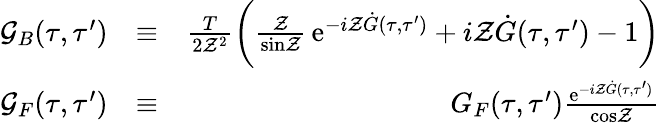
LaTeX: \begin{array}{rlr}{{\cal G}_{B}(\tau,\tau^{\prime})}&{\equiv}&{\frac{T}{2{\cal Z}^{2}}\biggl({\frac{\cal Z}{\mathrm{sin}{\cal Z}}}\, \mathrm{e}^{-i{\cal Z}\dot{G}(\tau,\tau^{\prime})}+i{\cal Z}\dot{G}(\tau,\tau^{\prime})-1\biggr)}\\ {{\cal G}_{F}(\tau,\tau^{\prime})}&{\equiv}&{G_{F}(\tau,\tau^{\prime}){\frac{\mathrm{e}^{-i{\cal Z}\dot{G}(\tau,\tau^{\prime})}}{\mathrm{cos}{\cal Z}}}}\end{array}